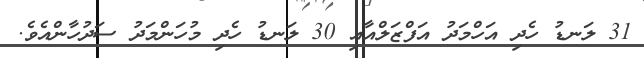
31 ލަނޑު ހެދި އަހްމަދު އަފްޒަލްއާއި 30 ލަނޑު ހެދި މުހަންމަދު ސަދުހާންއެވެ.